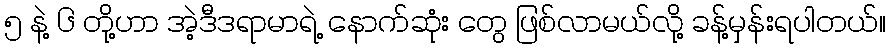
၅ နဲ့ ၆ တို့ဟာ အဲ့ဒီဒရာမာရဲ့ နောက်ဆုံး တွေ ဖြစ်လာမယ်လို့ ခန့်မှန်းရပါတယ်။